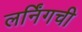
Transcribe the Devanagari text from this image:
लर्निंगची